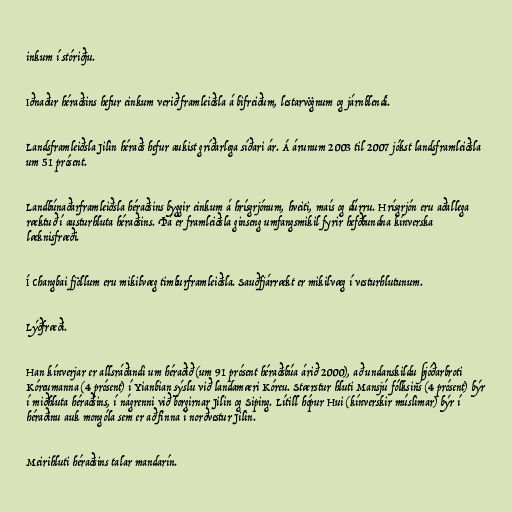
inkum í stóriðju.

Iðnaður héraðsins hefur einkum verið framleiðsla á bifreiðum, lestarvögnum og járnblendi.

Landsframleiðsla Jilin héraðs hefur aukist gríðarlega síðari ár. Á árunum 2003 til 2007 jókst landsframleiðsla
um 51 prósent.

Landbúnaðarframleiðsla héraðsins byggir einkum á hrísgrjónum, hveiti, maís og dúrru. Hrísgrjón eru aðallega
ræktuð í austurhluta héraðsins. Þá er framleiðsla ginseng umfangsmikil fyrir hefðbundna kínverska
læknisfræði.

Í Changbai fjöllum eru mikilvæg timburframleiðsla. Sauðfjárrækt er mikilvæg í vesturhlutunum.

Lýðfræði.

Han kínverjar er allsráðandi um héraðið (um 91 prósent héraðsbúa árið 2000), að undanskildu þjóðarbroti
Kóreumanna (4 prósent) í Yianbian sýslu við landamæri Kóreu. Stærstur hluti Mansjú fólksins (4 prósent) býr
í miðhluta héraðsins, í nágrenni við borgirnar Jilin og Siping. Lítill hópur Hui (kínverskir múslimar) býr í
héraðinu auk mongóla sem er að finna í norðvestur Jilin.

Meirihluti héraðsins talar mandarín.